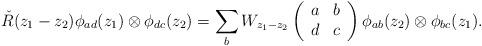
LaTeX: \begin{align*}\check{R}(z_1 -z_2 ) \phi _{ad}(z_1 )\otimes \phi _{dc}(z_2 )=\sum_{b} W_{z_1 -z_2 }\left( \begin{array}{cc} a & b \\ d & c \end{array} \right)\phi _{ab}(z_2 )\otimes \phi _{bc}(z_1 ). \end{align*}